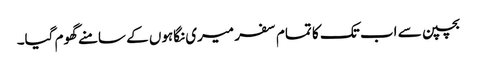
بچپن سے اب تک کا تمام سفر میری نگاہوں کے سامنے گھوم گیا۔